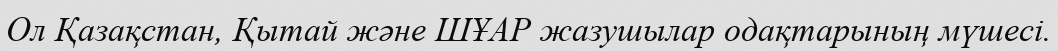
Ол Қазақстан, Қытай және ШҰАР жазушылар одақтарының мүшесі.